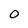
Character: O